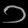
Digit: ၁